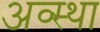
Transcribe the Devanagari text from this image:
अव्स्था